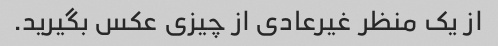
از یک منظر غیرعادی از چیزی عکس بگیرید.